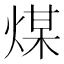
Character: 煤